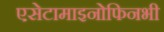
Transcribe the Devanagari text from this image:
एसेटामाइनोफिनभी